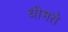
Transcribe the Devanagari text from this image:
धीमते